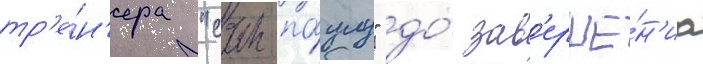
тр'е́н'ера "сан-па́улу" до́ зав'ерше́н'иа